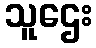
သူဌေး